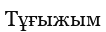
Тұғыжым